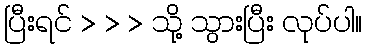
ပြီးရင် > > > သို့ သွားပြီး လုပ်ပါ။